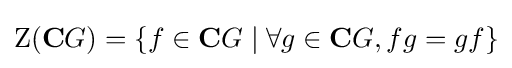
\operatorname {Z} (\mathbf {C} G)=\{f\in \mathbf {C} G\mid \forall g\in \mathbf {C} G,fg=gf\}